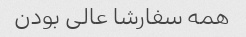
همه سفارشا عالی بودن